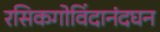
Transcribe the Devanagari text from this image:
रसिकगोविंदानंदघन